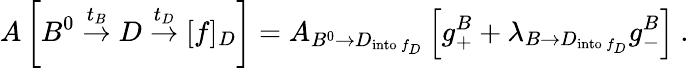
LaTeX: A\left[B^{0}\stackrel{t_{B}}{\rightarrow}D\stackrel{t_{D}}{\rightarrow}[f]_{D}\right]=A_{B^{0}\rightarrow D_{\mathrm{into\, }f_{D}}}\left[g_{+}^{B}+\lambda_{B\rightarrow D_{\mathrm{into\, }f_{D}}}g_{-}^{B}\right]\ .